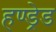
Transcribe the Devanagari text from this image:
हण्ड्रेड